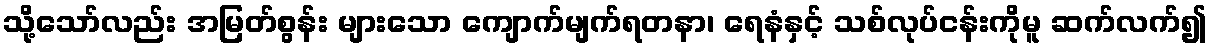
သို့သော်လည်း အမြတ်စွန်း များသော ကျောက်မျက်ရတနာ၊ ရေနံနှင့် သစ်လုပ်ငန်းကိုမူ ဆက်လက်၍